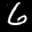
Label: 6